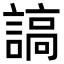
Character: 謞